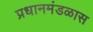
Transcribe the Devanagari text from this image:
प्रधानमंडळास